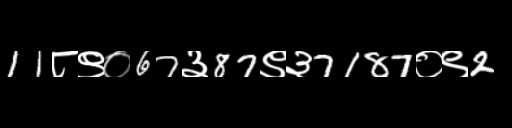
Text: 11८९०67३87९३7187०९2